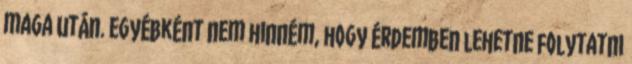
maga után. Egyébként nem hinném, hogy érdemben lehetne folytatni